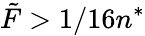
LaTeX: \tilde{F}>1/16n^{*}